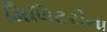
મિલિટરીના